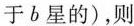
于b星的)，则 ()